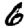
Digit: 6